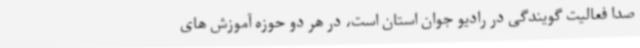
صدا فعالیت گویندگی در رادیو جوان استان است، در هر دو حوزه آموزش های